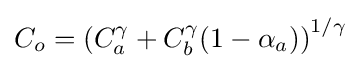
C_{o}=\left(C_{a}^{\gamma }+C_{b}^{\gamma }(1-\alpha _{a})\right)^{1/\gamma }